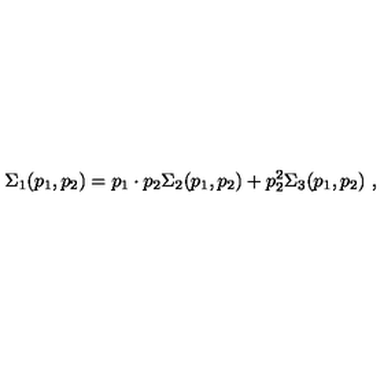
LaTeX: \Sigma _ { 1 } ( p _ { 1 } , p _ { 2 } ) = p _ { 1 } \cdot p _ { 2 } \Sigma _ { 2 } ( p _ { 1 } , p _ { 2 } ) + p _ { 2 } ^ { 2 } \Sigma _ { 3 } ( p _ { 1 } , p _ { 2 } ) \ ,